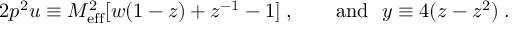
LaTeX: { 2 p ^ { 2 } u } \equiv M _ { \mathrm { e f f } } ^ { 2 } [ w ( 1 - z ) + z ^ { - 1 } - 1 ] \; , \qquad \mathrm { a n d \ \ } y \equiv 4 ( z - z ^ { 2 } ) \; .